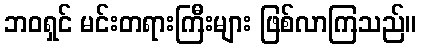
ဘဝရှင် မင်းတရားကြီးများ ဖြစ်လာကြသည်။